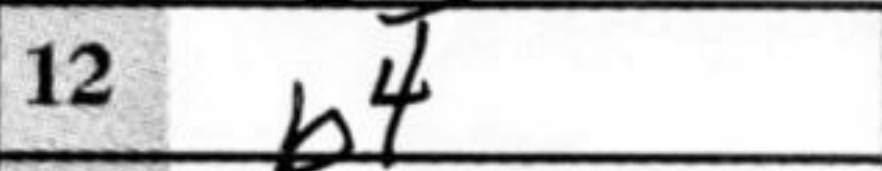
Transcription: b4